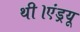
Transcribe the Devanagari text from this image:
थी।एंड्रयू